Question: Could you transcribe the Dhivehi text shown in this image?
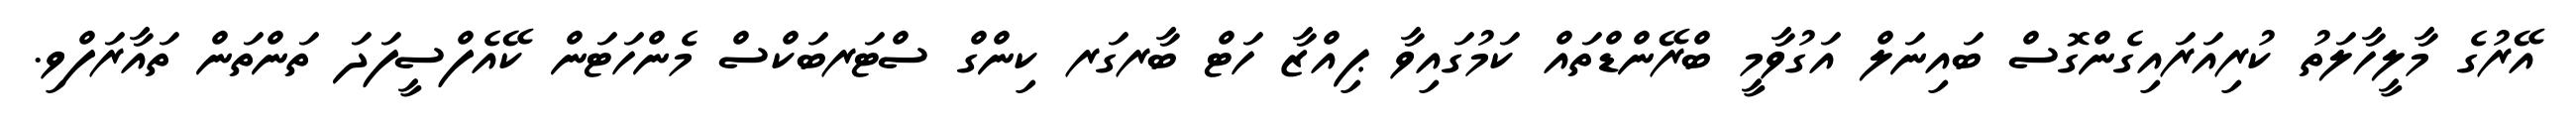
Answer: އޭރުގެ މާލީހާލަތު ކުރިއަރައިގެންގޮސް ބައިނަލް އަގުވާމީ ބްރޭންޑްތައް ކަމުގައިވާ ޕިއްޒާ ހަޓް ބާރގަރ ކިންގް ސްޓަރބަކްސް މެންހަޓަން ކޭއެފްސީފަދަ ތަންތަން ތައާރަފްވި.